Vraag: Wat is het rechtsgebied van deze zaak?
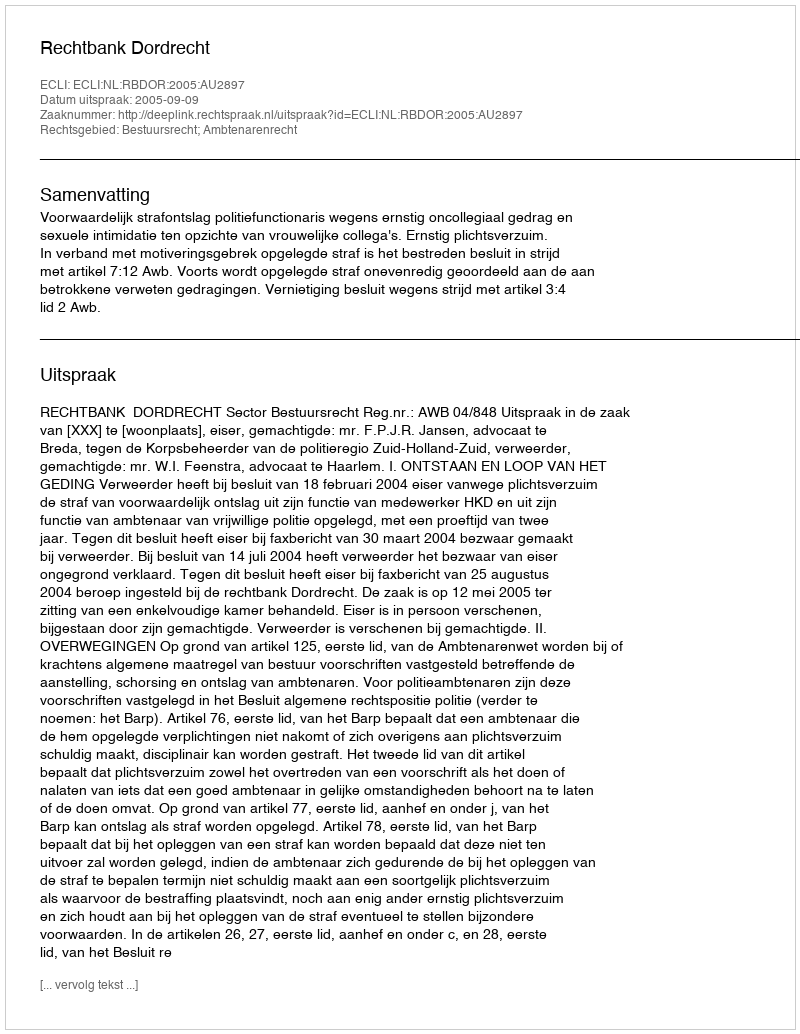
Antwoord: Bestuursrecht; Ambtenarenrecht